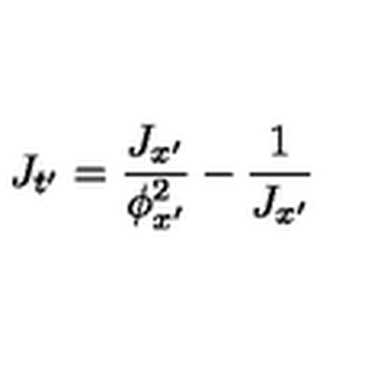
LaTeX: J _ { t ^ { \prime } } = \frac { J _ { x ^ { \prime } } } { \phi _ { x ^ { \prime } } ^ { 2 } } - \frac { 1 } { J _ { x ^ { \prime } } }